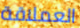
العملاقة